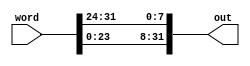
module RotFunc (
    input wire [31:0] word,
    output reg [31:0] out
);
    assign out = {word[23:0],word[31:24]};
endmodule